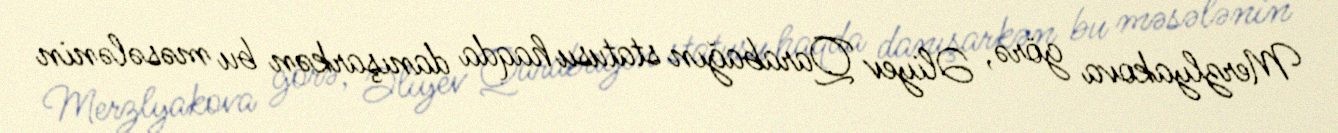
Merzlyakova görə, Əliyev Qarabağın statusu haqda danışarkən bu məsələnin